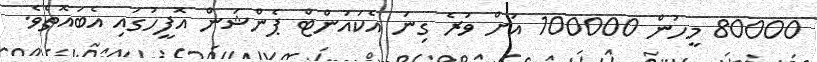
80000 މީހުން 100000 އަށް ވުރެ ގިނަ އެކައުންޓް ޕެންޝަން އޮފީހުގައި އެބައޮތެވެ.